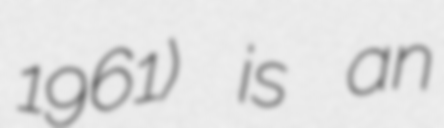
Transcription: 1961) is an